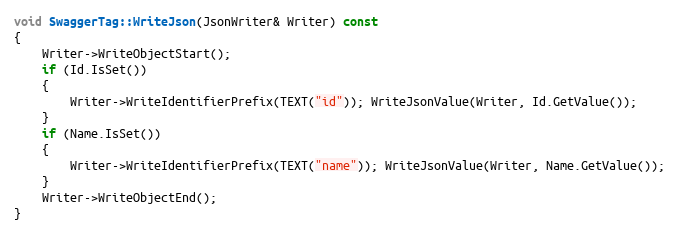
Language: C++
void SwaggerTag::WriteJson(JsonWriter& Writer) const
{
	Writer->WriteObjectStart();
	if (Id.IsSet())
	{
		Writer->WriteIdentifierPrefix(TEXT("id")); WriteJsonValue(Writer, Id.GetValue());
	}
	if (Name.IsSet())
	{
		Writer->WriteIdentifierPrefix(TEXT("name")); WriteJsonValue(Writer, Name.GetValue());
	}
	Writer->WriteObjectEnd();
}